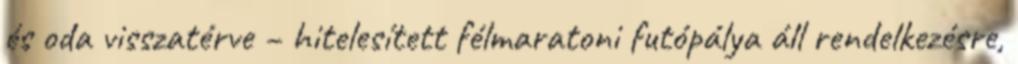
és oda visszatérve – hitelesített félmaratoni futópálya áll rendelkezésre,